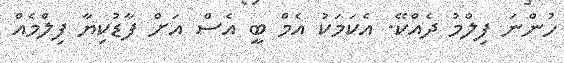
ހުންނަ ފިލްމު ދެއްކޭ. އެކަމަކު އެމް ބީ އެސް އަށް ފާޑުކިޔާ ފިލްމެއް